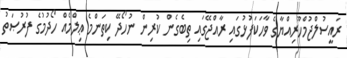
ރައީސުލްޖުމްހޫރިއްޔާގެ ވާހަކަފުޅުގައި ރާއްޖޭގައި ތިބެގެން ކުރިން ނުހޯދޭ ކިތަންމެ ޢިލްމެއް ހޯދުމުގެ ފުރުޞަތު